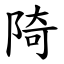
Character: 陭